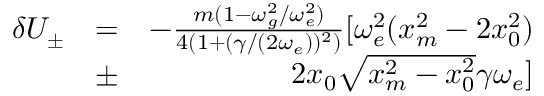
\begin{array} { r l r } { \delta U _ { \pm } } & { = } & { - \frac { m ( 1 - \omega _ { g } ^ { 2 } / \omega _ { e } ^ { 2 } ) } { 4 ( 1 + ( \gamma / ( 2 \omega _ { e } ) ) ^ { 2 } ) } [ \omega _ { e } ^ { 2 } ( x _ { m } ^ { 2 } - 2 x _ { 0 } ^ { 2 } ) } \\ & { \pm } & { 2 x _ { 0 } \sqrt { x _ { m } ^ { 2 } - x _ { 0 } ^ { 2 } } \gamma \omega _ { e } ] } \end{array}